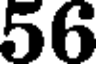
56